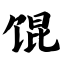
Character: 馄